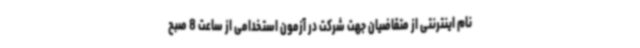
نام اینترنتی از متقاضیان جهت شرکت در آزمون استخدامی از ساعت 8 صبح